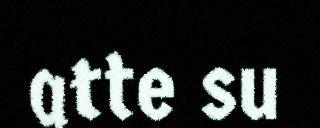
atte su